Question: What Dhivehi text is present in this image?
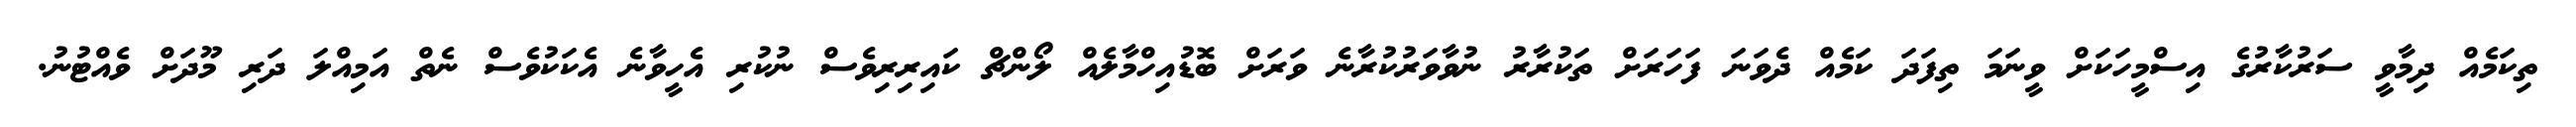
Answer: ތިކަމެއް ދިމާވީ ސަރުކާރުގެ އިސްމީހަކަށް ވީނަމަ ތިފަދަ ކަމެއް ދެވަނަ ފަހަރަށް ތަކުރާރު ނުވާވަރުކުރާނެ ވަރަށް ބޮޑުއިހްމާލެއް ލޯންޗް ކައިރިރިވެސް ނުކުރި އެހީވާނެ އެކަކުވެސް ނެތް އަމިއްލަ ދަރި މޫދަށް ވެއްޓުނު.